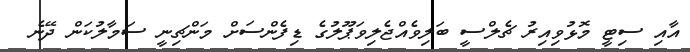
އާއި ސިޓީ މޮޅުވިއިރު ޗެލްސީ ބަލިވެއްޖެލިވަޕޫލުގެ ޑިފެންސަށް މަންޗިނީ ސަމާލުކަން ދޭނެ